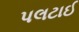
પલટાઈ